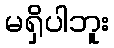
မရှိပါဘူး